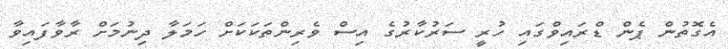
އެގޮތުން ޕެން ޑްރައިވްގައި ހުރީ ސަރުކާރުގެ އިސް ވެރިންތަކަކަށް ހަމަލާ ދިނުމަށް ރާވާފައިވާ